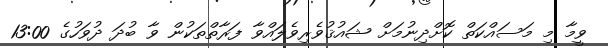
ވީމާ މި މަސައްކަތް ކޮށްދިނުމަށް ޝައުޤުވެރިވެލައްވާ ފަރާތްތަކުން ވާ ބުދަ ދުވަހުގެ 13:00